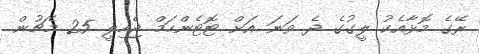
ރޭގެ މޮޅާއެކު ލީގުގެ ދެ ވަނަ އަށް ޓޮޓެންހަމް ޖެހިލީ 25 މެޗުން